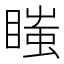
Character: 𥉍